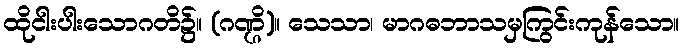
ထိုငါးပါးသောဂတိ၌။ (ဂဏ္ဌိ)။ သေသာ၊ မာဂဓဘာသမှကြွင်းကုန်သော။